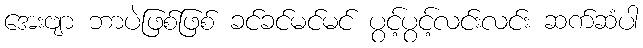
အေးဗျာ ဘာပဲဖြစ်ဖြစ် ခင်ခင်မင်မင် ပွင့်ပွင့်လင်းလင်း ဆက်ဆံပါ